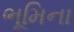
ભૂમિના